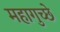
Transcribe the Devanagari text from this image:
महागुच्छे